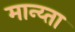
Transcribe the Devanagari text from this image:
मान्य्ता